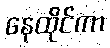
နေထိုင်ကာ